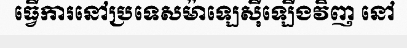
ធ្វើការនៅប្រទេសម៉ាឡេស៊ីឡើងវិញ នៅ